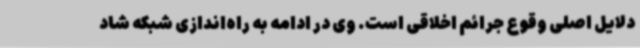
دلایل اصلی وقوع جرائم اخلاقی است. وی در ادامه به راه‌اندازی شبکه شاد